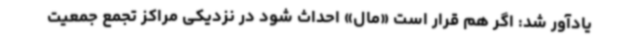
یادآور شد: اگر هم قرار است «مال» احداث شود در نزدیکی مراکز تجمع جمعیت